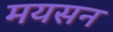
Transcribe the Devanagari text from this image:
मयसन